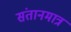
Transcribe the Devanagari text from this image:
संतानमात्र